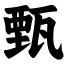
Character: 甄